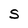
Character: S